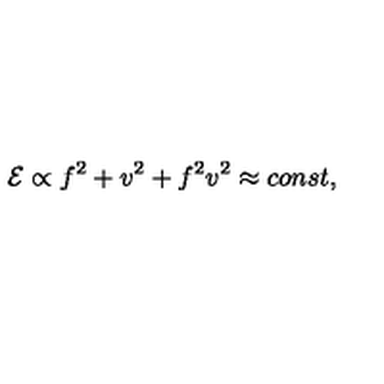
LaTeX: { \cal E } \propto f ^ { 2 } + v ^ { 2 } + f ^ { 2 } v ^ { 2 } \approx c o n s t ,